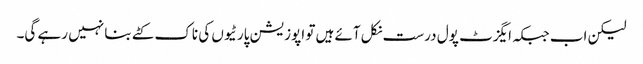
لیکن اب جبکہ ایگزٹ پول درست نکل آئے ہیں تو اپوزیشن پارٹیوں کی ناک کٹے بنا نہیں رہے گی۔